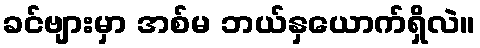
ခင်ဗျားမှာ အစ်မ ဘယ်နှယောက်ရှိလဲ။